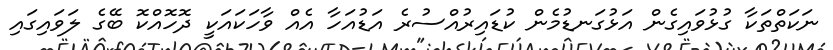
ނަކަތްތަކާ ގުޅުވައިގެން އަޅުގަނޑުމެން ކުޑައިރުއްސުރެ އަޑުއަހާ އެއް ވާހަކައަކީ ދޮހޮއްކޮ ބޭގެ ލަވައިގައި